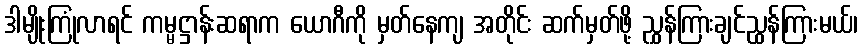
ဒါမျိုးကြုံလာရင် ကမ္မဋ္ဌာန်းဆရာက ယောဂီကို မှတ်နေကျ အတိုင်း ဆက်မှတ်ဖို့ ညွှန်ကြားချင်ညွှန်ကြားမယ်၊